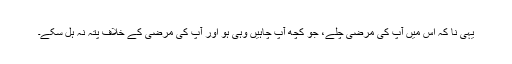
یہی نا کہ اس میں آپ کی مرضی چلے، جو کچھ آپ چاہیں وہی ہو اور آپ کی مرضی کے خلاف پتہ نہ ہل سکے۔